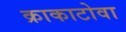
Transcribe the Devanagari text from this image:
क्राकाटोवा